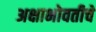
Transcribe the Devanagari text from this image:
अक्षाभोवतीचे